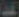
الملك